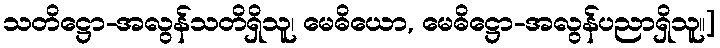
သတိဋ္ဌော-အလွန်သတိရှိသူ၊ မေဓိယော, မေဓိဋ္ဌော-အလွန်ပညာရှိသူ။]